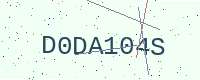
Text: D0DA104S